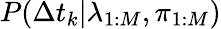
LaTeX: P(\Delta t_{k}|\lambda_{1:M},\pi_{1:M})